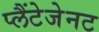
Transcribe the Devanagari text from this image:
प्लैंटेजेनट